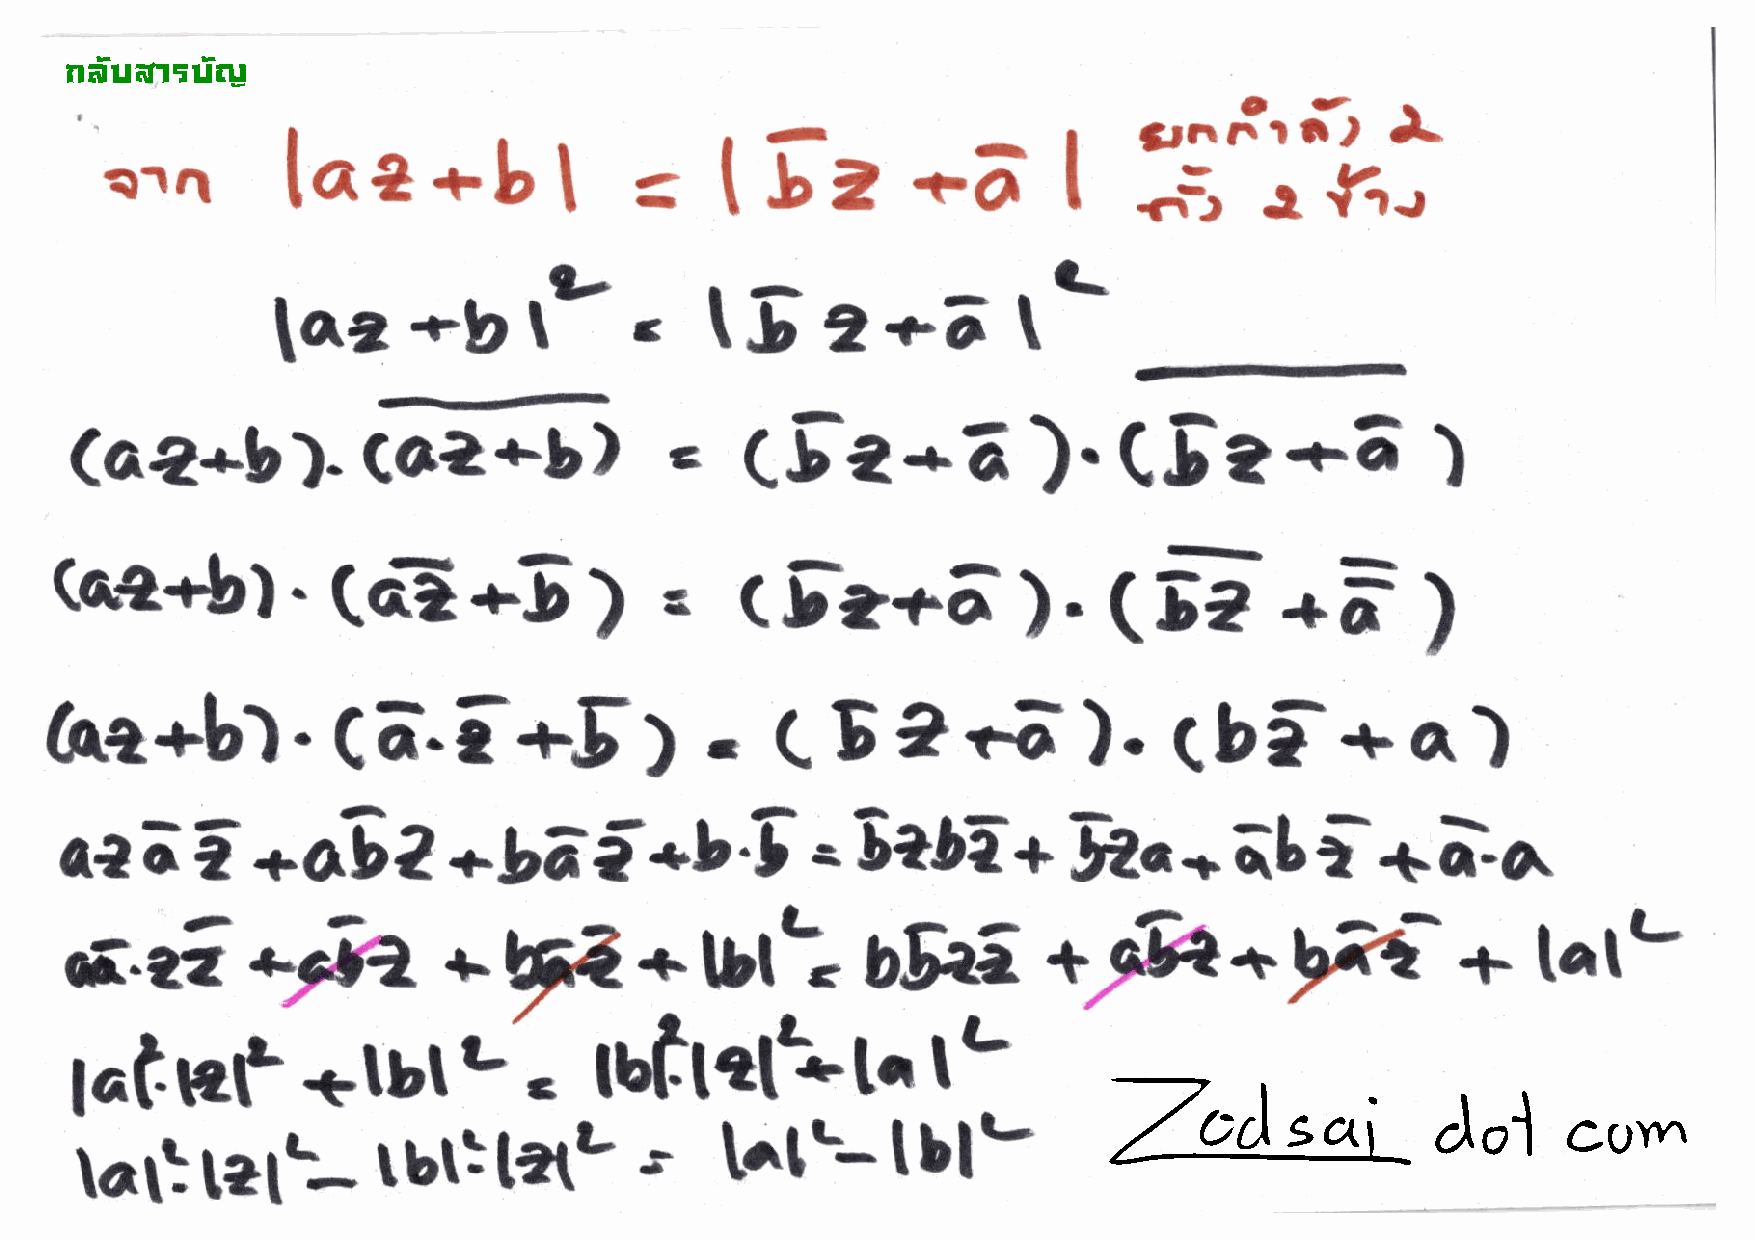
!"#$%&'$#(
 il    f
 rft
 ;5r.
 a1e                   *b                             *d'
 5'z
 tae
 I          t                      I   ..:      a   {tt.
 *b      lr-         t$      a-E         [q
 taa
 (ae*b).
 caa+b)              G    CFa+6              ).    C$^a+.a              )
 (F*F
 (F:+6).
 (ae+b).           (aE*5                 a
 )
 )
 .                              (b-+a)
 hr+b).             Cd.l+5)                      CD"ra).
 ibi+ia
 l
 *bdf*b.f
 aa    o      +a9?                                 *  S*CT+         tA.*
 L.
 ci-€         *;Ja,           S*                      bht            F        *   F           +    talL
 +                tll                   +
 .                          lL
 rutrqAl.
 *tbtL
 tattat
 lbl'-
 fal'-
 tbt:taL          '
 ia1}tetL